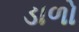
ડાળો